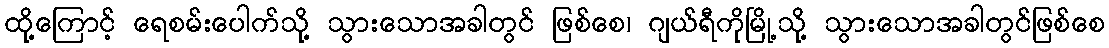
ထို့ကြောင့် ရေစမ်းပေါက်သို့ သွားသောအခါတွင် ဖြစ်စေ၊ ဂျယ်ရီကိုမြို့သို့ သွားသောအခါတွင်ဖြစ်စေ